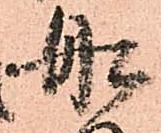
船